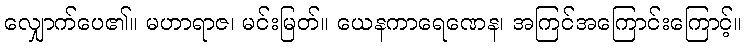
လျှောက်ပေ၏။ မဟာရာဇ၊ မင်းမြတ်။ ယေနကာရေဏေန၊ အကြင်အကြောင်းကြောင့်။